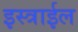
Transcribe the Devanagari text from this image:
इस्त्राईल